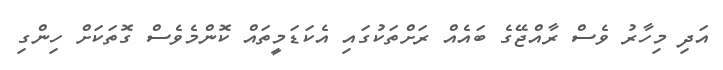
އަދި މިހާރު ވެސް ރާއްޖޭގެ ބައެއް ރަށްތަކުގައި އެކަޑަމީތައް ކޮންމެވެސް ގޮތަކަށް ހިންގި